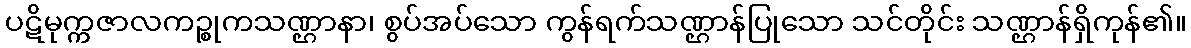
ပဋိမုက္ကဇာလကဉ္စုကသဏ္ဌာနာ၊ စွပ်အပ်သော ကွန်ရက်သဏ္ဌာန်ပြုသော သင်တိုင်း သဏ္ဌာန်ရှိကုန်၏။